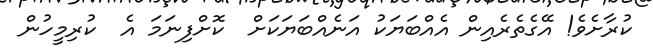
ކުރާށެވެ! އޭގެތެރެއިން އެއްބަޔަކު އަނެއްބަޔަކަށް  ކޮށްފިނަމަ އެ  ކުރިމީހުން